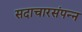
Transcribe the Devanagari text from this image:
सदाचारसंपन्न